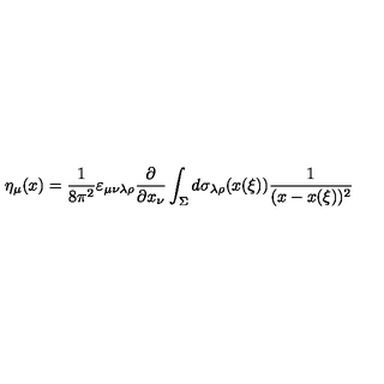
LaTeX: \eta _ { \mu } ( x ) = \frac { 1 } { 8 \pi ^ { 2 } } \varepsilon _ { \mu \nu \lambda \rho } \frac { \partial } { \partial x _ { \nu } } \int _ { \Sigma } ^ { } d \sigma _ { \lambda \rho } ( x ( \xi ) ) \frac { 1 } { ( x - x ( \xi ) ) ^ { 2 } }